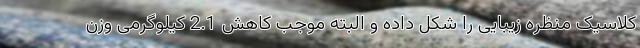
کلاسیک منظره زیبایی را شکل داده و البته موجب کاهش 2.1 کیلوگرمی وزن